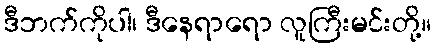
ဒီဘက်ကိုပါ၊ ဒီနေရာရော လူကြီးမင်းတို့။